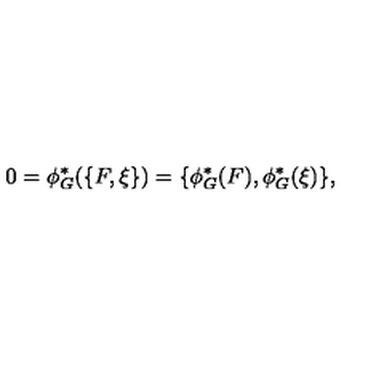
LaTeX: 0 = \phi _ { G } ^ { * } ( \{ F , \xi \} ) = \{ \phi _ { G } ^ { * } ( F ) , \phi _ { G } ^ { * } ( \xi ) \} ,